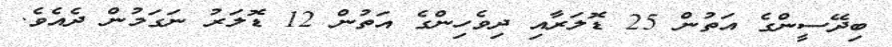
ބިދޭސީންގެ އަތުން 25 ޑޮލަރާއި ދިވެހިންގެ އަތުން 12 ޑޮލަރު ނަގަމުން ދެއެވެ.